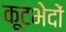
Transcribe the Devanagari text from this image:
कूटभेदों